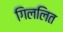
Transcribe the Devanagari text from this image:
गिललित